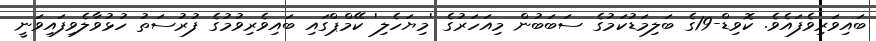
ބައިވަރިވެފައެވެ. ކޮވިޑް-19ގެ ބަލިމަޑުކަމުގެ ސަބަބުން މިއަހަރުގެ 'މިޔަހެލި' ކޭމްޕްގައި ބައިވެރިވުމުގެ ފުރުސަތު ހުޅުވާލެވިފައިވަނީ